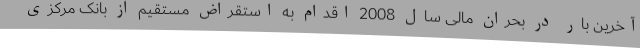
آخرین بار در بحران مالی سال 2008 اقدام به استقراض مستقیم از بانک مرکزی